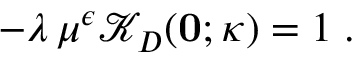
- \lambda \, \mu ^ { \epsilon } { \mathcal K } _ { { D } } ( { \bf 0 } ; \kappa ) = 1 \; .